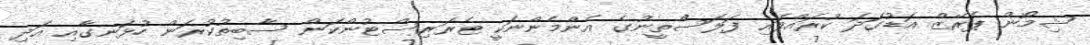
ޝިމޯން ޕެރޭޒް އަޑުގަދަ ކުރައްވައި ފަލަސްތީނުގެ އެންމެންނަކީ ޓެރަރިސްޓުންކަން ސާބިތުކުރަން ހުޅަނގާއި އަދި